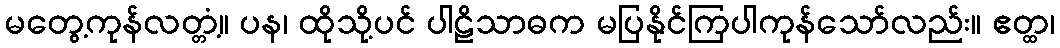
မတွေ့ကုန်လတ္တံ့။ ပန၊ ထိုသို့ပင် ပါဠိသာဓက မပြနိုင်ကြပါကုန်သော်လည်း။ ဧတ္ထ၊